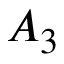
A _ { 3 }